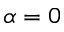
\alpha = 0